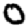
Digit: 0